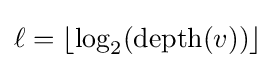
\ell =\lfloor \log _{2}(\operatorname {depth} (v))\rfloor